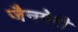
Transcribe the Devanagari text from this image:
जैनगेरी